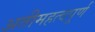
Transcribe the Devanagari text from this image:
अतीमहत्वपूर्ण